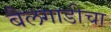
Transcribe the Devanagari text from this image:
बैलगाडीचा